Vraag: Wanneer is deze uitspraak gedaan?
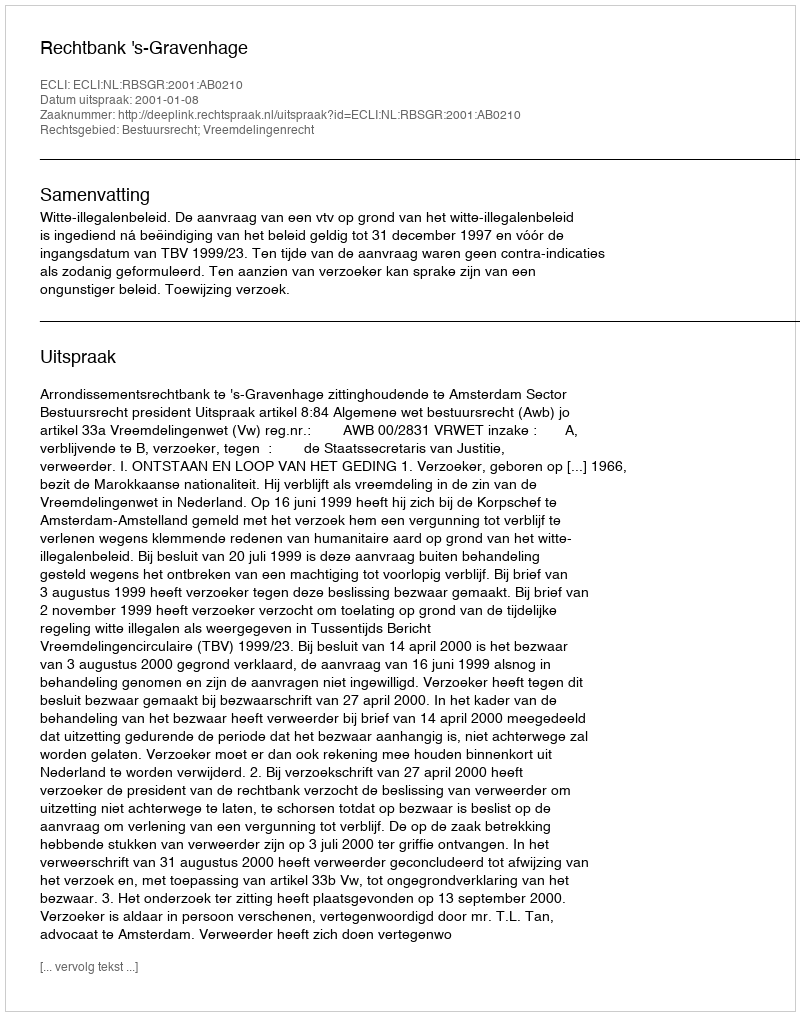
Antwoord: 2001-01-08